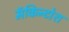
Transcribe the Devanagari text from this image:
मॅकिन्टोश